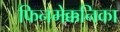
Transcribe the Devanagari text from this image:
फिनमेक्कनिका